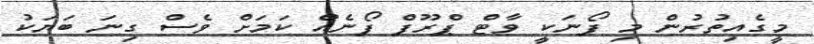
މީގެއިތުރުން މި ފޯނަކީ ވާޓް ޕްރޫފް ފޯނެއް ކަމަށް ވެސް ގިނަ ބަޔަކު